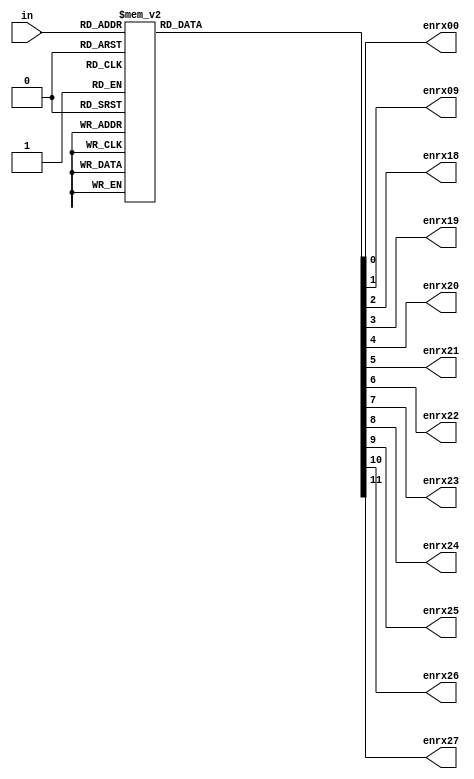
module decoder (in,enrx00,enrx09,enrx18,enrx19,enrx20,enrx21,enrx22,enrx23,enrx24,enrx25,enrx26,enrx27);
  output reg enrx00,enrx09,enrx18,enrx19,enrx20,enrx21,enrx22,enrx23,enrx24,enrx25,enrx26,enrx27;
  input [4:0] in;
  always @ ( * ) begin
    case(in)
      5'd00: begin enrx00=1'b0; enrx09=1'b0; enrx18=1'b0; enrx19=1'b0; enrx20=1'b0; enrx21=1'b0; enrx22=1'b0; enrx23=1'b0; enrx24=1'b0; enrx25=1'b0; enrx26=1'b0; enrx27=1'b0; end
      5'd09: begin enrx00=1'b0; enrx09=1'b1; enrx18=1'b0; enrx19=1'b0; enrx20=1'b0; enrx21=1'b0; enrx22=1'b0; enrx23=1'b0; enrx24=1'b0; enrx25=1'b0; enrx26=1'b0; enrx27=1'b0; end
      5'd18: begin enrx00=1'b0; enrx09=1'b0; enrx18=1'b1; enrx19=1'b0; enrx20=1'b0; enrx21=1'b0; enrx22=1'b0; enrx23=1'b0; enrx24=1'b0; enrx25=1'b0; enrx26=1'b0; enrx27=1'b0; end
      5'd19: begin enrx00=1'b0; enrx09=1'b0; enrx18=1'b0; enrx19=1'b1; enrx20=1'b0; enrx21=1'b0; enrx22=1'b0; enrx23=1'b0; enrx24=1'b0; enrx25=1'b0; enrx26=1'b0; enrx27=1'b0; end
      5'd20: begin enrx00=1'b0; enrx09=1'b0; enrx18=1'b0; enrx19=1'b0; enrx20=1'b1; enrx21=1'b0; enrx22=1'b0; enrx23=1'b0; enrx24=1'b0; enrx25=1'b0; enrx26=1'b0; enrx27=1'b0; end
      5'd21: begin enrx00=1'b0; enrx09=1'b0; enrx18=1'b0; enrx19=1'b0; enrx20=1'b0; enrx21=1'b1; enrx22=1'b0; enrx23=1'b0; enrx24=1'b0; enrx25=1'b0; enrx26=1'b0; enrx27=1'b0; end
      5'd22: begin enrx00=1'b0; enrx09=1'b0; enrx18=1'b0; enrx19=1'b0; enrx20=1'b0; enrx21=1'b0; enrx22=1'b1; enrx23=1'b0; enrx24=1'b0; enrx25=1'b0; enrx26=1'b0; enrx27=1'b0; end
      5'd23: begin enrx00=1'b0; enrx09=1'b0; enrx18=1'b0; enrx19=1'b0; enrx20=1'b0; enrx21=1'b0; enrx22=1'b0; enrx23=1'b1; enrx24=1'b0; enrx25=1'b0; enrx26=1'b0; enrx27=1'b0; end
      5'd24: begin enrx00=1'b0; enrx09=1'b0; enrx18=1'b0; enrx19=1'b0; enrx20=1'b0; enrx21=1'b0; enrx22=1'b0; enrx23=1'b0; enrx24=1'b1; enrx25=1'b0; enrx26=1'b0; enrx27=1'b0; end
      5'd25: begin enrx00=1'b0; enrx09=1'b0; enrx18=1'b0; enrx19=1'b0; enrx20=1'b0; enrx21=1'b0; enrx22=1'b0; enrx23=1'b0; enrx24=1'b0; enrx25=1'b1; enrx26=1'b0; enrx27=1'b0; end
      5'd26: begin enrx00=1'b0; enrx09=1'b0; enrx18=1'b0; enrx19=1'b0; enrx20=1'b0; enrx21=1'b0; enrx22=1'b0; enrx23=1'b0; enrx24=1'b0; enrx25=1'b0; enrx26=1'b1; enrx27=1'b0; end
      5'd27: begin enrx00=1'b0; enrx09=1'b0; enrx18=1'b0; enrx19=1'b0; enrx20=1'b0; enrx21=1'b0; enrx22=1'b0; enrx23=1'b0; enrx24=1'b0; enrx25=1'b0; enrx26=1'b0; enrx27=1'b1; end
      default: begin enrx00=1'b0; enrx09=1'b0; enrx18=1'b0; enrx19=1'b0; enrx20=1'b0; enrx21=1'b0; enrx22=1'b0; enrx23=1'b0; enrx24=1'b0; enrx25=1'b0; enrx26=1'b0; enrx27=1'b0; end
    endcase
  end
endmodule